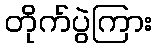
တိုက်ပွဲကြား